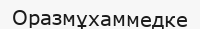
Оразмұхаммедке